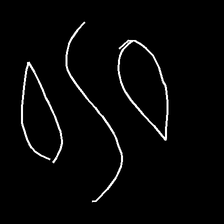
Glyph: water